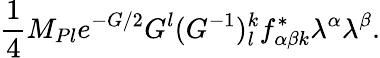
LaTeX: {\frac{1}{4}}M_{Pl}e^{-G/2}G^{l}(G^{-1})_{l}^{k}f_{\alpha\beta k}^{*}\lambda^{\alpha}\lambda^{\beta}.